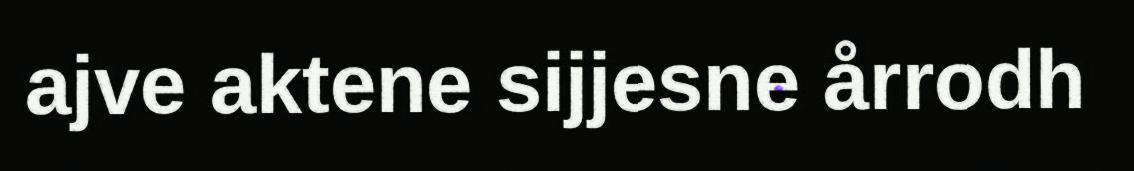
ajve aktene sijjesne årrodh